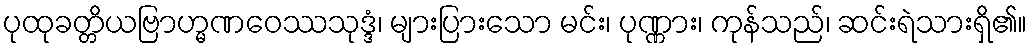
ပုထုခတ္တိယဗြာဟ္မဏဝေဿသုဒ္ဒံ၊ များပြားသော မင်း၊ ပုဏ္ဏား၊ ကုန်သည်၊ ဆင်းရဲသားရှိ၏။